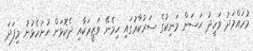
މުހައްމަދު ވަހީދު ޙަސަން މަނިކުގެ ސަރުކާރުގައި ހިމެނޭ ވަޒީރަކާއި ދެކޮޅަށް ހުށަހެޅުނު މިފަދަ